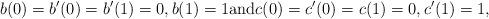
LaTeX: \begin{align*} b(0) = b'(0) = b'(1) = 0, b(1) = 1\textrm{and} c(0) = c'(0) = c(1) = 0, c'(1) = 1,\end{align*}